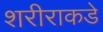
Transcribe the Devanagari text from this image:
शरीराकडे